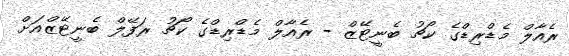
ރެއާލް މެޑްރިޑްގެ ކޯޗު ބެނީޓޭޒް - ރެއާލް މެޑްރިޑްގެ ކޯޗު ރަފޭލް ބެނީޓޭޒްއަށް